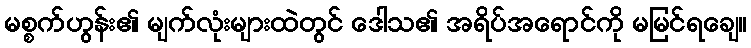
မစ္စက်ဟွန်း၏ မျက်လုံးများထဲတွင် ဒေါသ၏ အရိပ်အရောင်ကို မမြင်ရချေ။